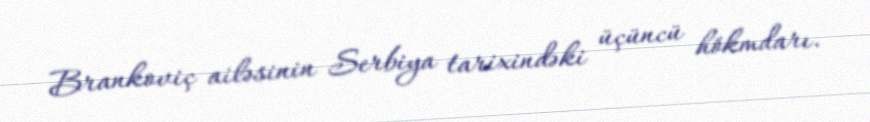
Brankoviç ailəsinin Serbiya tarixindəki üçüncü hökmdarı.